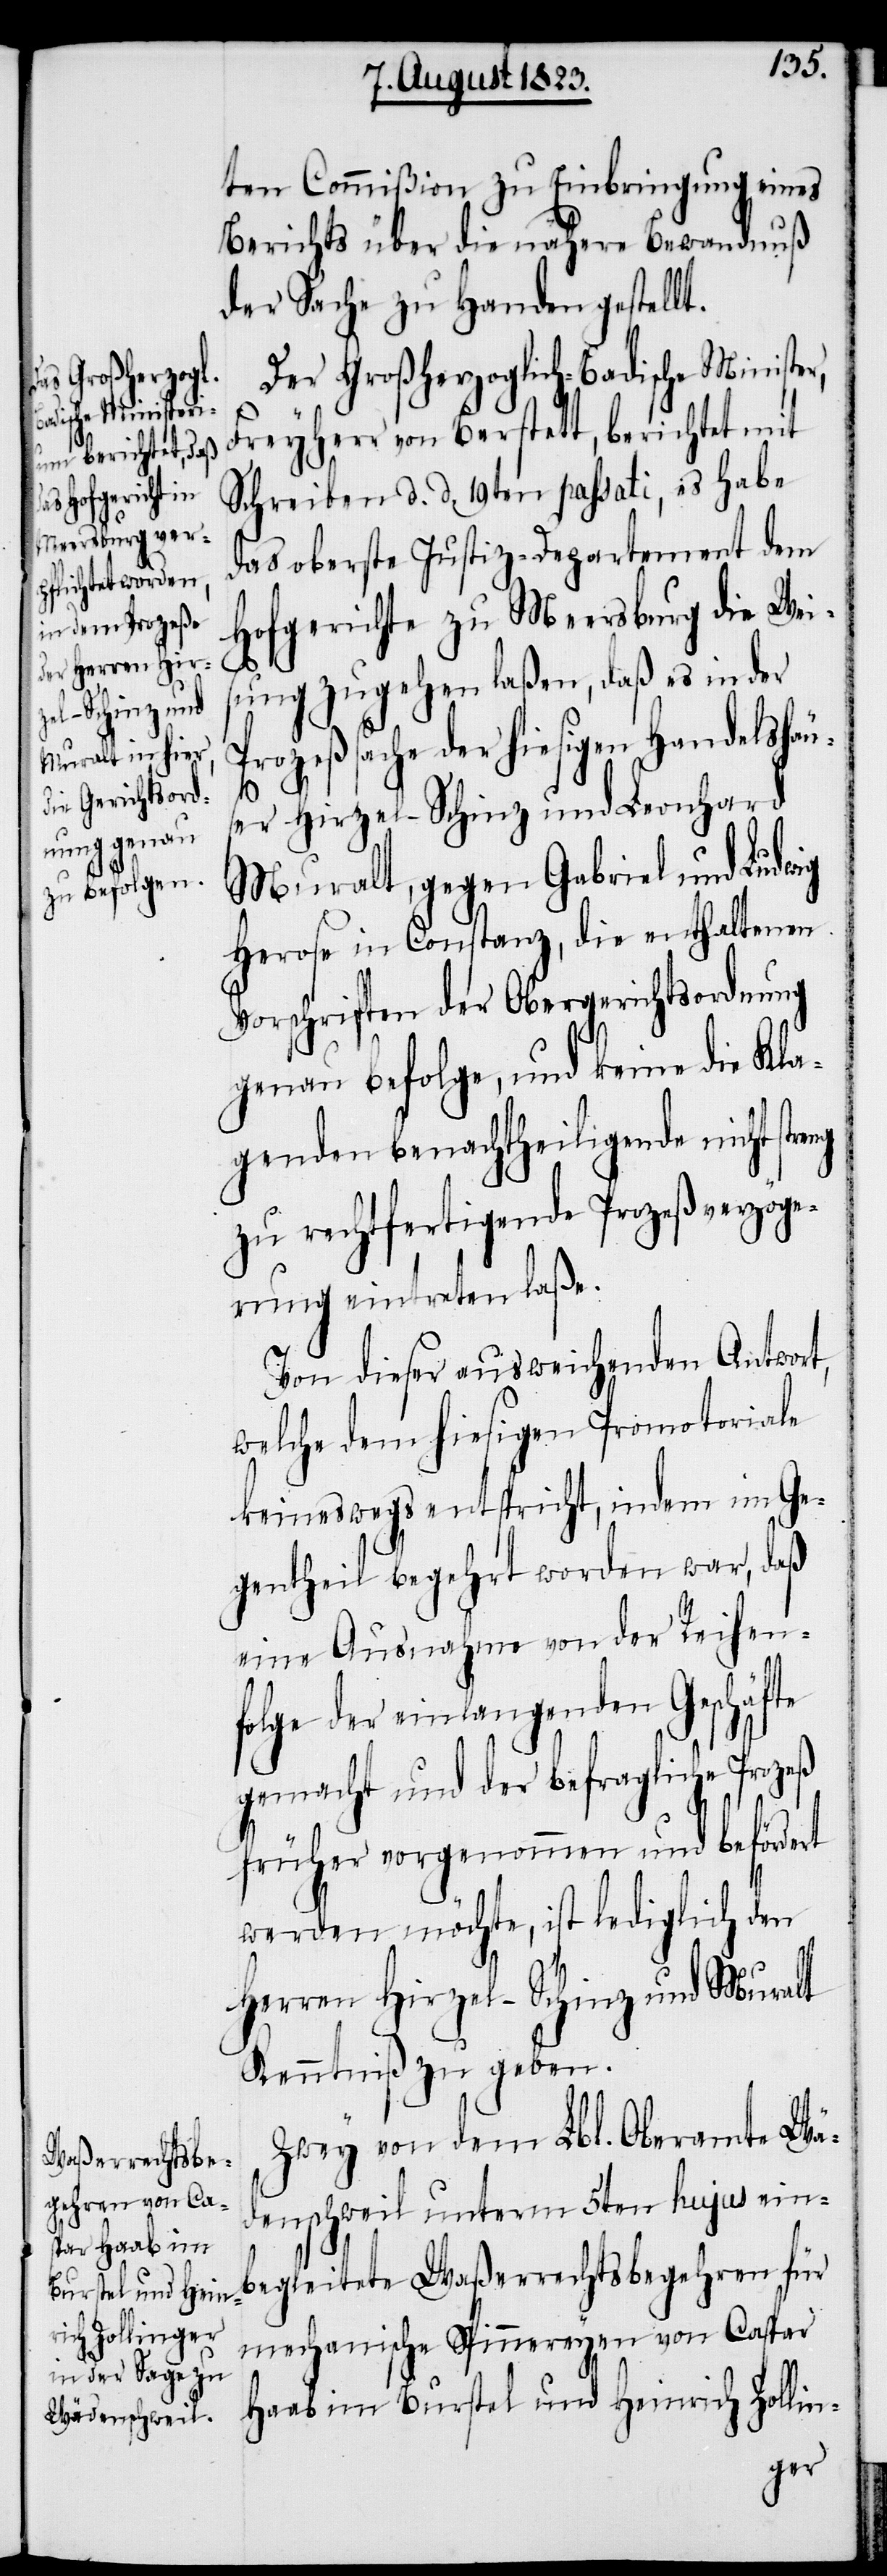
ten Commißion zu Einbringung eines
Berichts über die nähere Bewandnuß
der Sache zu Handen gestellt.
Der Großherzoglich-Badische Minister,
Freyherr von Berstett, berichtet mit
Schreiben d. d. 19ten passati, es habe
das oberste Justiz-Departement dem
Hofgerichte zu Meersburg die Wei¬
sung zugehen laßen, daß es in der
Prozeßsache der hiesigen Handelshäu¬
ng
ser Hirzel-Schinz und Leonhard
Muralt, gegen Gabriel und Ludwig
Herose in Constanz, die enthaltenen
Vorschriften der Obergerichtsordnung
genau befolge, und keine die Kla¬
genden benachtheiligende nicht stre¬
zu rechtfertigende Prozeßverzöge¬
rung eintreten laße.
Von dieser ausweichenden Antwort,
welche dem hiesigen Promotoriale
keineswegs entspricht, indem im Ge¬
gentheil begehrt worden war, daß
eine Ausnahme von der Reihen¬
folge der einlangenden Geschäfte
gemacht und der befragliche Prozeß
früher vorgenommen und befördert
werden möchte, ist lediglich den
Herren Hirzel-Schinz und Muralt
Kenntniß zu geben.
Zwey von dem Lbl. Oberamte Wä¬
denschweil unterm 5ten hujus ein¬
begleitete Waßerrechtsbegehren für
mechanische Spinnereyen von Caspar
Haab im Burstel und Heinrich Zollin-